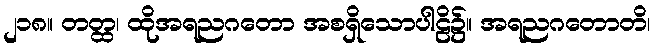
၂၁၈။ တတ္ထ၊ ထိုအရညဂတော အစရှိသောပါဠိ၌။ အရညဂတောတိ၊